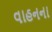
વાહનના